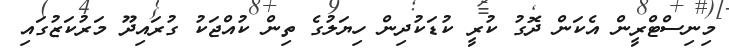
މިނިސްޓްރީން އެކަން ދޮގު ކުރީ ކުޑަކުދިން ހިޔަލުގެ ތިން ކުއްޖަކު ގުރައިދޫ މަރުކަޒުގައި